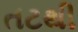
તટથી